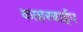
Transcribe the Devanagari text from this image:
काहरबाईप